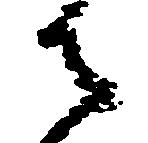
御